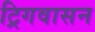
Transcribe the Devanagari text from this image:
ट्रिगवासन